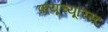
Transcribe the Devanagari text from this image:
फ़्यूच्यूरिस्ट